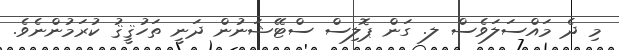
މި ދެ މައްސަލަވެސް ލ. ގަން ޕޮލިސް ސްޓޭޝަނުން ދަނީ ތަހުޤީޤު ކުރަމުންނެވެ.